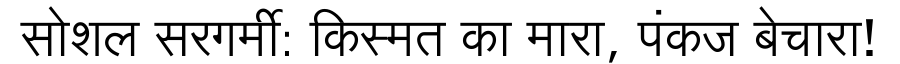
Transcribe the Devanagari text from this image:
सोशल सरगर्मी: किस्मत का मारा, पंकज बेचारा!